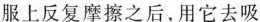
服上反复摩擦之后，用它去吸